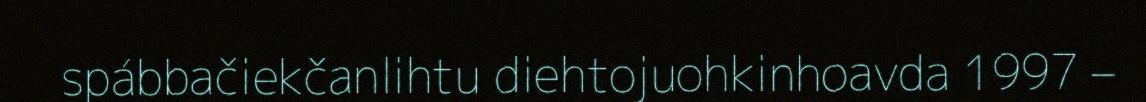
spábbačiekčanlihtu diehtojuohkinhoavda 1997 –